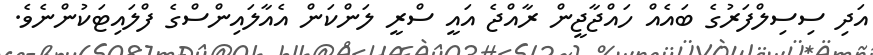
އަދި ސިސިލްފަރުގެ ބައެއް ހައްޖާޖީން ރާއްޖެ އައީ ސްރީ ލަންކަން އެއާލައިންސްގެ ފްލައިޓަކުންނެވެ.